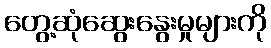
တွေ့ဆုံဆွေးနွေးမှုများကို